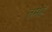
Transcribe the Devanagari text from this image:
तमहं